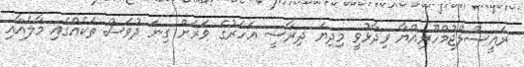
ރައީސުލްޖުމްހޫރިއްޔާ ވިދާޅުވީ މިދިޔަ ދިރާސީ އަހަރުގެ ވަރަށް ގިނަ ދުވަސް ތަކެއްގައި މާލެއާއި